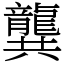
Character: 龔